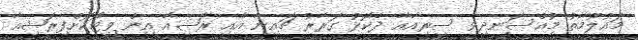
މައުލޫމާތު މުއްސަނދިވި ސީރިއާއާ ދެކޮޅު ގަރާރު ޗައިނާ އާއި ރަޝިއާ އިން ވީޓޯކޮށްފިރަޝިއާ